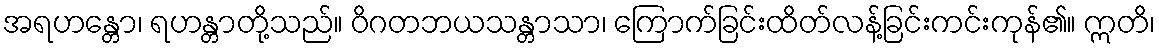
အရဟန္တော၊ ရဟန္တာတို့သည်။ ဝိဂတဘယသန္တာသာ၊ ကြောက်ခြင်းထိတ်လန့်ခြင်းကင်းကုန်၏။ ဣတိ၊